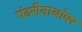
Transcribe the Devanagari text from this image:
पंढरीनाथांवर